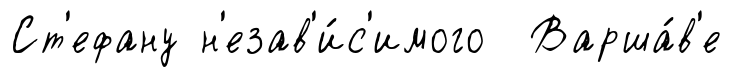
Ст'ефану н'езав'и́с'имого Варша́в'е